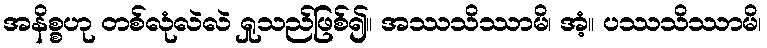
အနိစ္စဟု တစ်လုံလဲလဲ ရှုသည်ဖြစ်၍။ အဿသိဿာမိ၊ အံ့။ ပဿသိဿာမိ၊